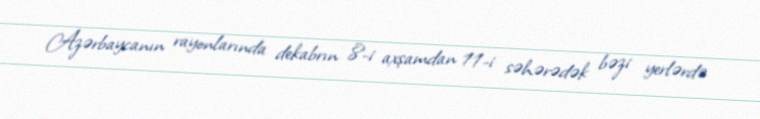
Azərbaycanın rayonlarında dekabrın 8-i axşamdan 11-i səhərədək bəzi yerlərdə